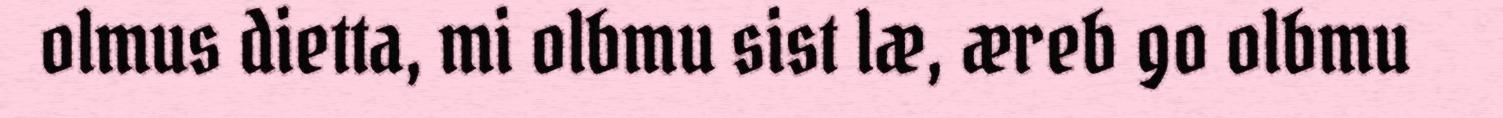
olmus dietta, mi olbmu sist læ, æreb go olbmu